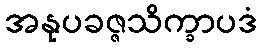
အနုပခဇ္ဇသိက္ခာပဒံ